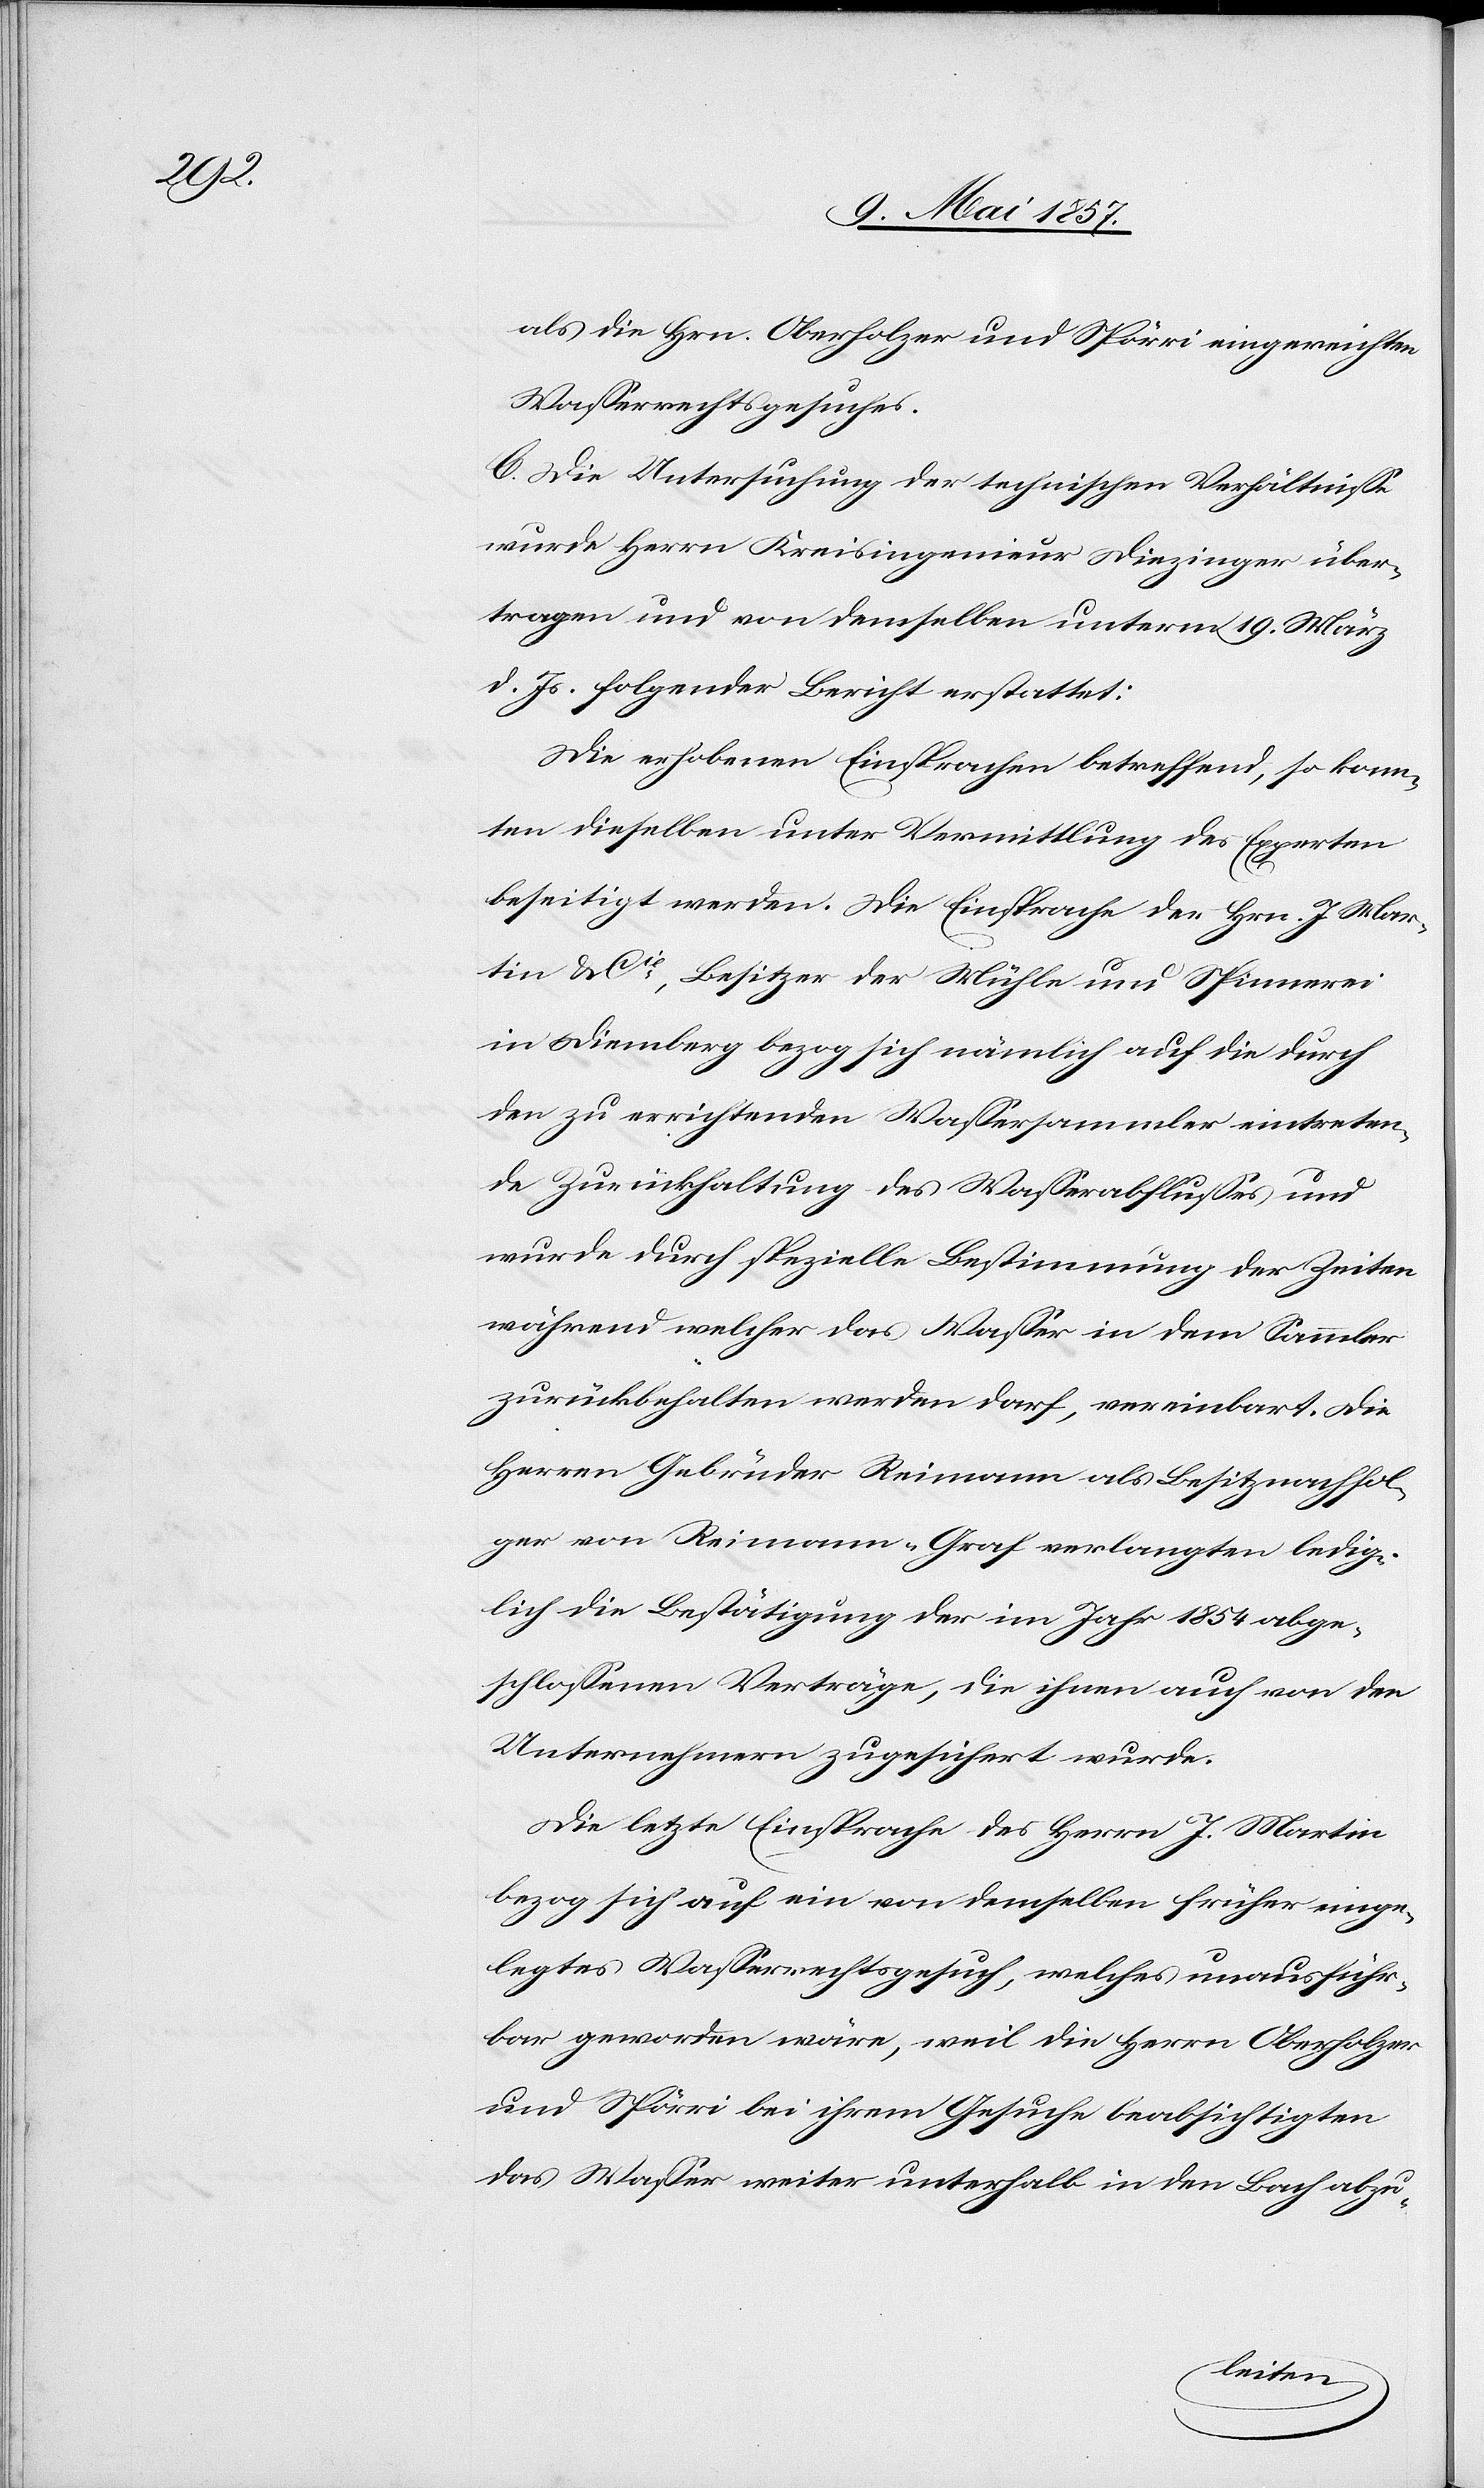
als die Hrn. Oberholzer und Spörri eingereichten
Wasserrechtsgesuches.
C. Die Untersuchung der technischen Verhältnisse
wurde Herrn Kreisingenieur Diezinger über¬
tragen und von demselben unterm 19 März
d. Js. folgender Bericht erstattet:
Die erhobenen Einsprachen betreffend, so konn¬
ten dieselben unter Vermittlung des Experten
beseitigt werden. Die Einsprache der Hrn. J. Mar¬
tin u. Cie, Besitzer der Mühle und Spinnerei
in Diemberg bezog sich nämlich auf die durch
den zu errichtenden Wassersammler eintreten¬
de Zurückhaltung des Wasserabflusses und
wurde durch spezielle Bestimmung der Zeiten
während welcher das Wasser in dem Sammler
zurückbehalten werden darf, vereinbart. Die
Herren Gebrüder Reimann als Besitznachfol¬
ger von Reimann-Graf verlangten ledig¬
lich die Bestätigung der im Jahr 1854 abge¬
schlossenen Verträge, die ihnen auch von den
Unternehmern zugesichert wurde.
Die letzte Einsprache des Herrn J. Martin
bezog sich auf ein von demselben früher einge¬
legtes Wasserrechtsgesuch, welches unausführ¬
bar geworden wäre, weil die Herren Oberholzer
und Spörri bei ihrem Gesuche beabsichtigten
das Wasser weiter unterhalb in den Bach abzu-